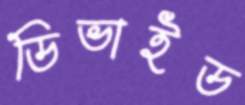
ডিভাইড